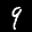
Label: 9